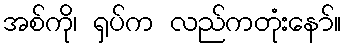
အစ်ကို၊ ရှပ်က လည်ကတုံးနော်။